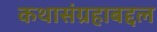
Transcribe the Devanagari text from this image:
कथासंग्रहाबद्दल